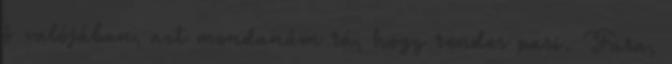
ő valójában, azt mondanám rá, hogy rendes pasi. Fura,